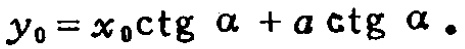
\(y_{0}=x_{0}\operatorname{ctg} \alpha + a\operatorname{ctg} \alpha.\)